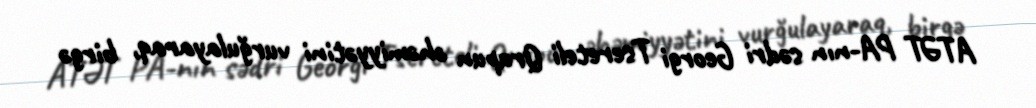
ATƏT PA-nın sədri Georgi Tsereteli Qrupun əhəmiyyətini vurğulayaraq, birgə